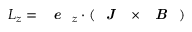
L _ { z } = \textbf { \emph { e } } _ { z } \cdot ( \textbf { \emph { J } } \times \textbf { \emph { B } } )